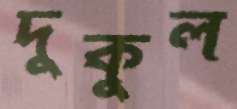
দুকুল